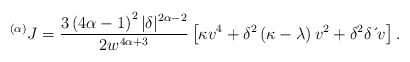
\begin{align*}^{\left( \alpha \right) }J=\frac{3\left( 4\alpha-1\right) ^{2}|\delta|^{2\alpha-2}}{2w^{4\alpha+3}}\left[ \kappa v^{4}+\delta^{2}\left(\kappa-\lambda \right) v^{2}+\delta^{2}\delta \,\acute{}\,v\right] . \end{align*}